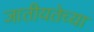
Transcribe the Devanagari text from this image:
जातीयतेच्या